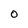
Character: 0